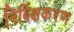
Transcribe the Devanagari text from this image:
निर्बिक्षकरण